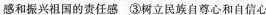
感和振兴祖国的责任感 ③树立民族自尊心和自信心